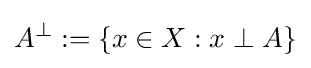
A^{\perp }:=\left\{x\in X:x\perp A\right\}